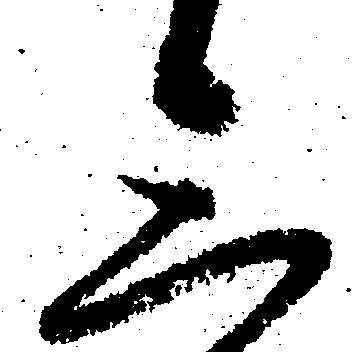
三